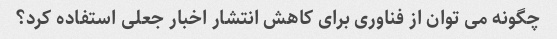
چگونه می توان از فناوری برای کاهش انتشار اخبار جعلی استفاده کرد؟